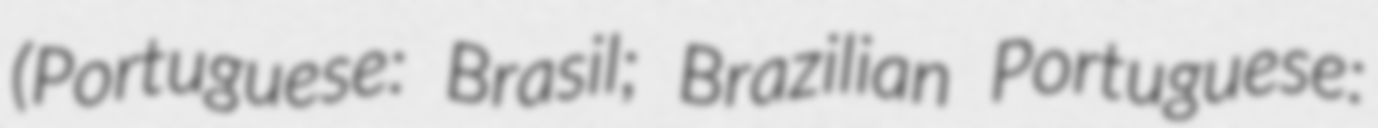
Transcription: (Portuguese: Brasil; Brazilian Portuguese: